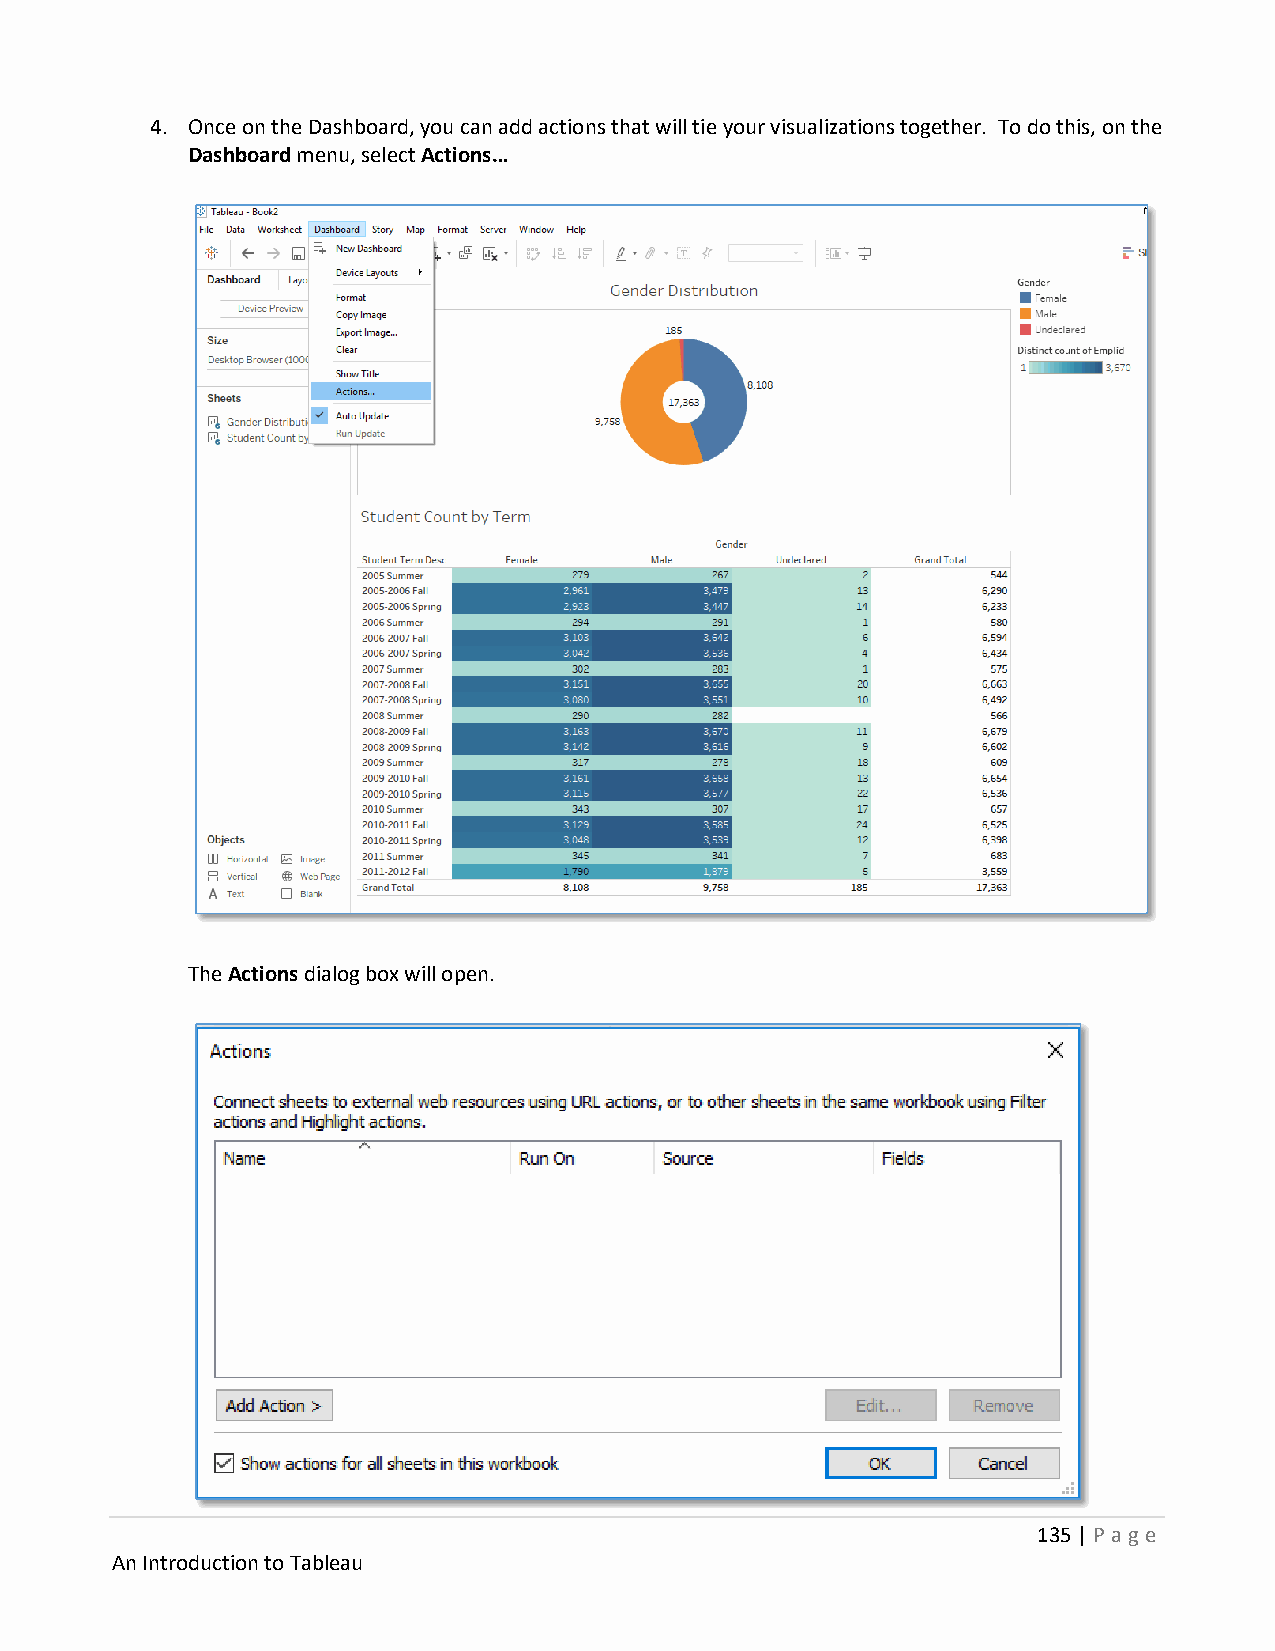
4. Once on the Dashboard, you can add actions that will tie your visualizations together. To do this, on the
 Dashboard menu, select Actions…
 The Actions dialog box will open.
 135 | P age
 An Introduction to Tableau